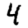
Digit: 4